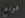
فونغ